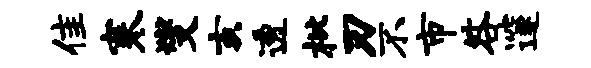
隹寒燮亥透枇刃不市咎邃